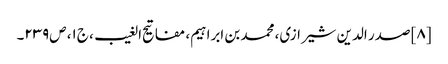
[۸] صدر الدین شیرازی، محمد بن ابراہیم‌، مفاتیح الغیب، ج‌۱، ص‌۲۳۹۔